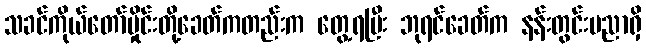
သခင်ကိုယ်တော်မှိုင်းတို့ခေတ်ကတည်းက တွေ့ရပြီး ဘုရင်ခေတ်က နန်းတွင်းပညာရှိ